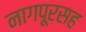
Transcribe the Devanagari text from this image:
नागपूरसह